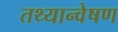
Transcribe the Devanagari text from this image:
तथ्यान्वेषण